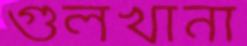
গুলখানা